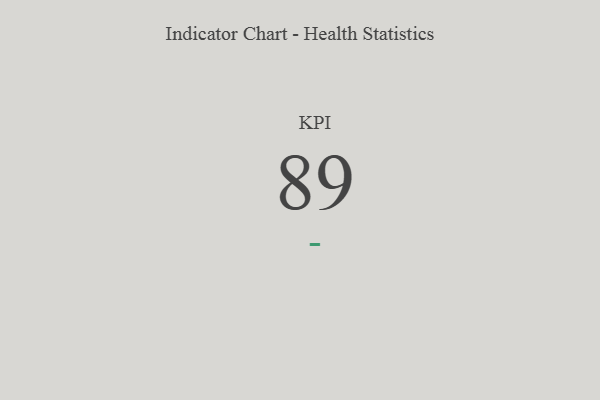
{"axis": {"x": "KPI", "y": "Value"}, "legend": [""], "data": [{"x": "KPI", "y": 89, "type": ""}]}